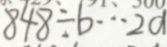
8 4 8 \div b \cdots 2 a